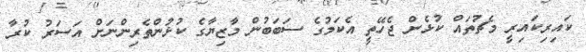
ކައިރިކައިރީ މެޗުތައް ކުޅެން ޖެހޭތީ އެކަމުގެ ސަބަބުން މާޒިޔާގެ ކުޅުންތެރިންނަށް އަސަރު ކުރާ